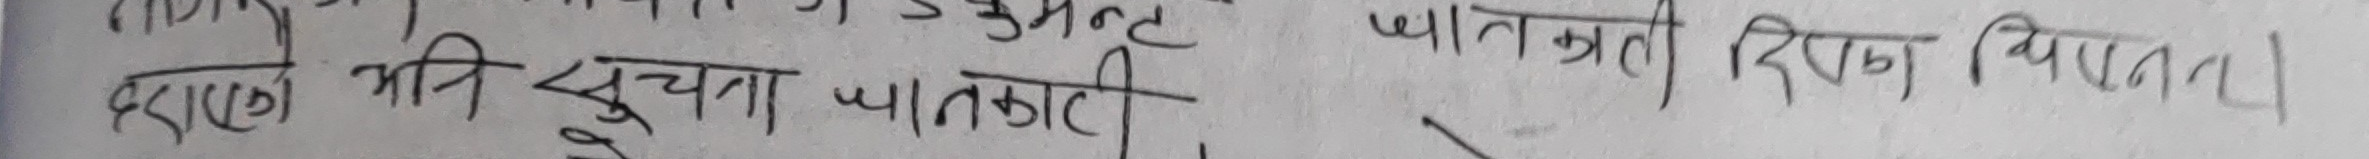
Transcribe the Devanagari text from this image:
दराको भनि सूचना जानकारी पातलकाटी दिशा बिपरित।